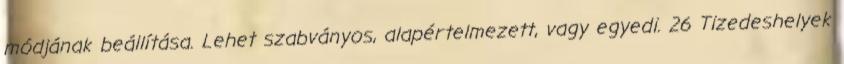
módjának beállítása. Lehet szabványos, alapértelmezett, vagy egyedi. 26 Tizedeshelyek